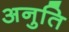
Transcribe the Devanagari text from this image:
अनुति